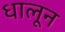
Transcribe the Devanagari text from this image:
धालून